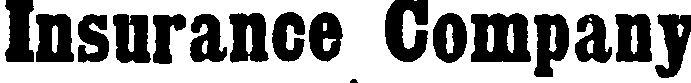
Insurance Company